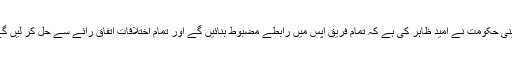
چینی حکومت نے امید ظاہر کی ہے کہ تمام فریق آپس میں رابطے مضبوط بنائیں گے اور تمام اختلافات اتفاق رائے سے حل کر لیں گے۔